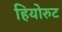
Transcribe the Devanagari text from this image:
हियोरुट